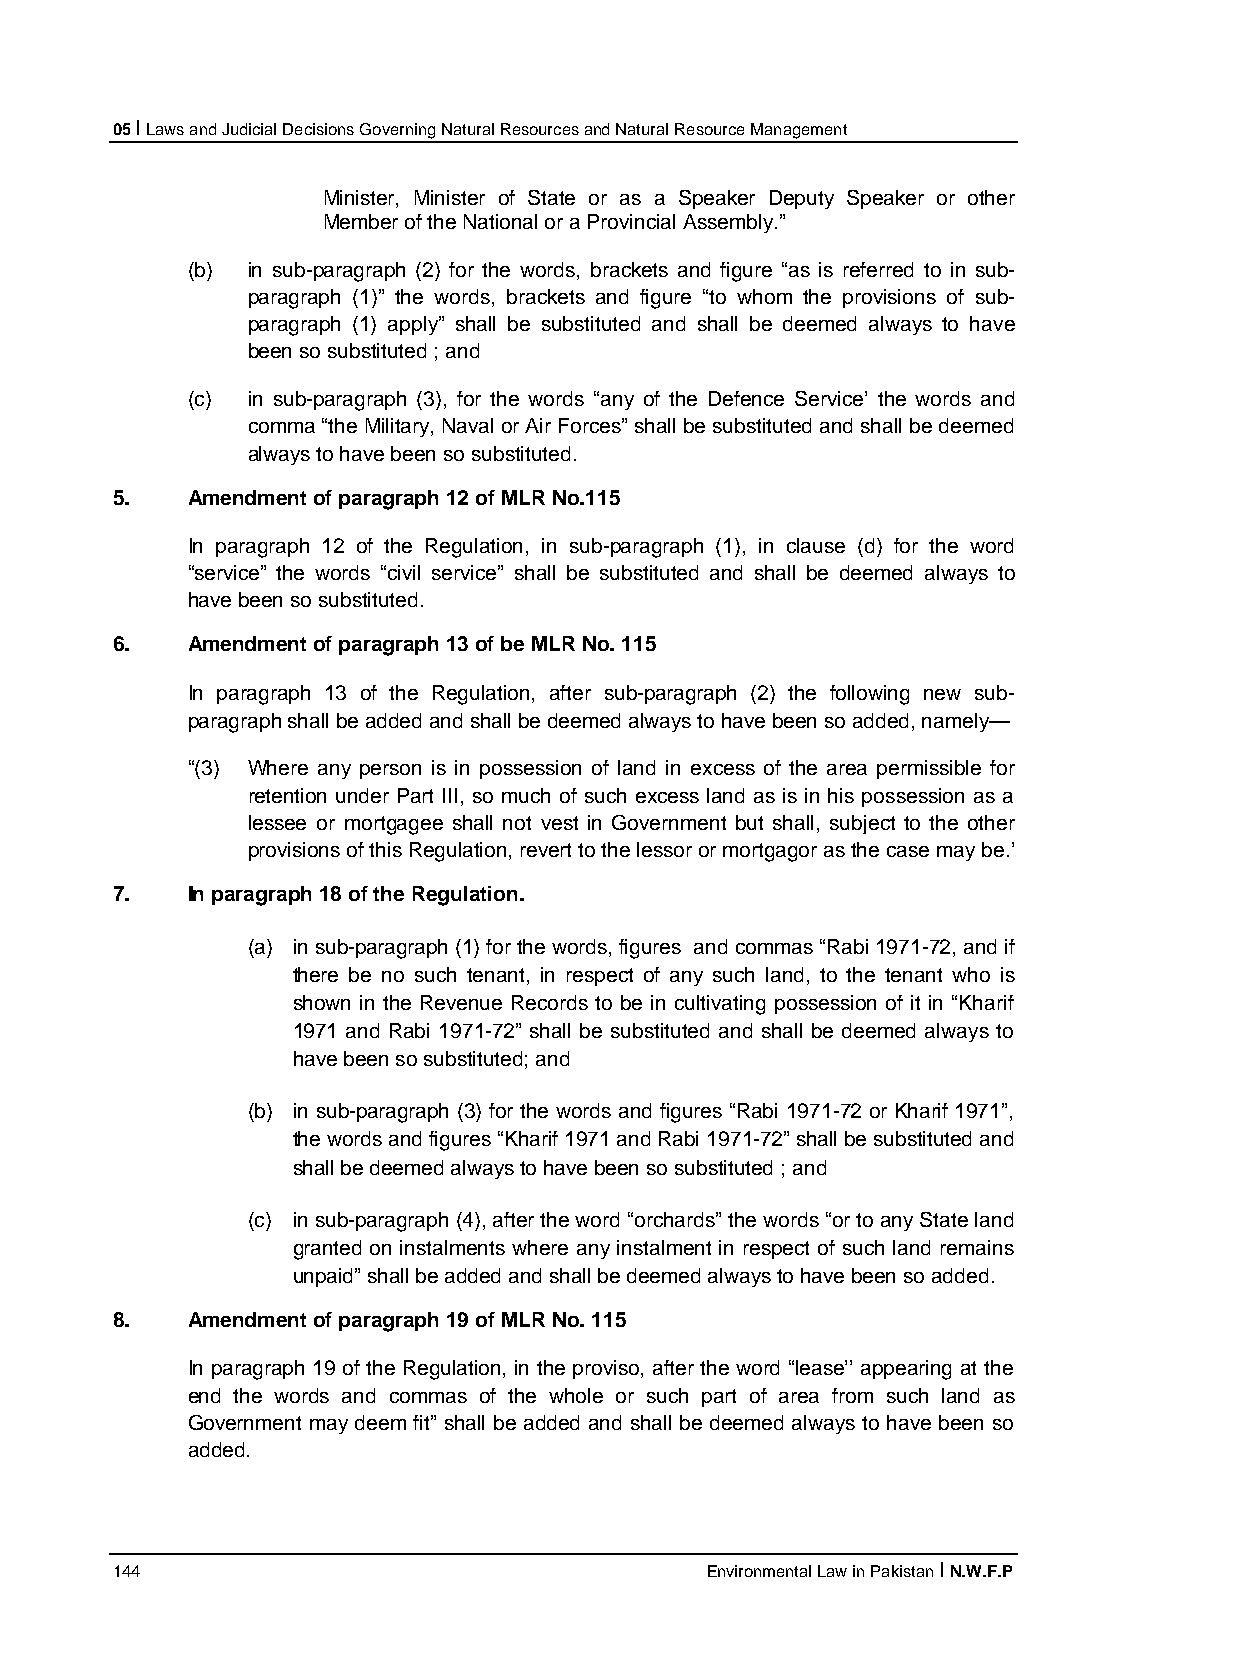
05 I Laws and Judicial Decisions Governing Natural Resources and Natural Resource Management
 Minister, Minister of State or as a Speaker Deputy Speaker or other
 Member of the National or a Provincial Assembly.”
 (b) in sub-paragraph (2) for the words, brackets and figure “as is referred to in sub-
 paragraph (1)” the words, brackets and figure “to whom the provisions of sub-
 paragraph (1) apply” shall be substituted and shall be deemed always to have
 been so substituted ; and
 (c) in sub-paragraph (3), for the words “any of the Defence Service’ the words and
 comma “the Military, Naval or Air Forces” shall be substituted and shall be deemed
 always to have been so substituted.
 5.   Amendment of paragraph 12 of MLR No.115
 In paragraph 12 of the Regulation, in sub-paragraph (1), in clause (d) for the word
 “service” the words “civil service” shall be substituted and shall be deemed always to
 have been so substituted.
 6.   Amendment of paragraph 13 of be MLR No. 115
 In paragraph 13 of the Regulation, after sub-paragraph (2) the following new sub-
 paragraph shall be added and shall be deemed always to have been so added, namely—
 “(3) Where any person is in possession of land in excess of the area permissible for
 retention under Part III, so much of such excess land as is in his possession as a
 lessee or mortgagee shall not vest in Government but shall, subject to the other
 provisions of this Regulation, revert to the lessor or mortgagor as the case may be.’
 7.   In paragraph 18 of the Regulation.
 (a) in sub-paragraph (1) for the words, figures and commas “Rabi 1971-72, and if
 there be no such tenant, in respect of any such land, to the tenant who is
 shown in the Revenue Records to be in cultivating possession of it in “Kharif
 1971 and Rabi 1971-72” shall be substituted and shall be deemed always to
 have been so substituted; and
 (b) in sub-paragraph (3) for the words and figures “Rabi 1971-72 or Kharif 1971”,
 the words and figures “Kharif 1971 and Rabi 1971-72” shall be substituted and
 shall be deemed always to have been so substituted ; and
 (c) in sub-paragraph (4), after the word “orchards” the words “or to any State land
 granted on instalments where any instalment in respect of such land remains
 unpaid” shall be added and shall be deemed always to have been so added.
 8.   Amendment of paragraph 19 of MLR No. 115
 In paragraph 19 of the Regulation, in the proviso, after the word “lease’’ appearing at the
 end the words and commas of the whole or such part of area from such land as
 Government may deem fit” shall be added and shall be deemed always to have been so
 added.
 144                                     Environmental Law in Pakistan I N.W.F.P